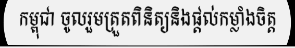
កម្ពុជា ចូលរួមត្រួតពិនិត្យនិងផ្តល់កម្លាំងចិត្ត